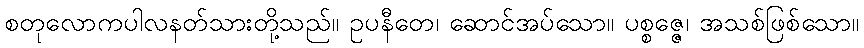
စတုလောကပါလနတ်သားတို့သည်။ ဥပနီတေ၊ ဆောင်အပ်သော။ ပစ္စဇ္ဇေ၊ အသစ်ဖြစ်သော။